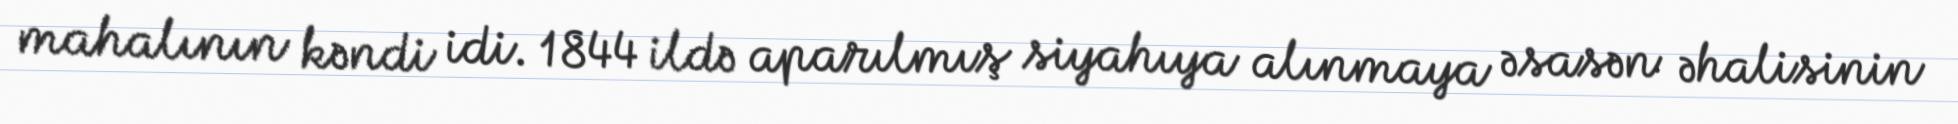
mahalının kəndi idi. 1844 ildə aparılmış siyahıya alınmaya əsasən əhalisinin